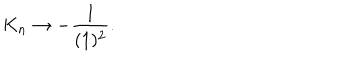
K _ { n } \rightarrow - \frac { 1 } { ( 1 ) ^ { 2 } } .